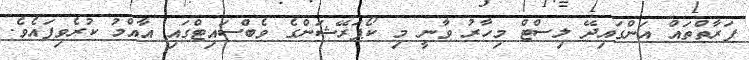
ފަރާތްތައް އަންގައިދޭ ލިސްޓް މިހާރު ވާނީ މި ކޯޕަރޭޝަންގެ ވެބްސައިޓްގައި އާއްމު ކުރެވިފައެވެ.